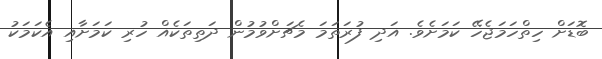
ބޮޑަށް ހިތްހަމަޖެހޭ ކަމަށެވެ. އަދި ފުރަތަމަ މެޗަށްވުމުން ދަތިތަކެއް ހުރި ކަމަށާއި އެކަމަކު